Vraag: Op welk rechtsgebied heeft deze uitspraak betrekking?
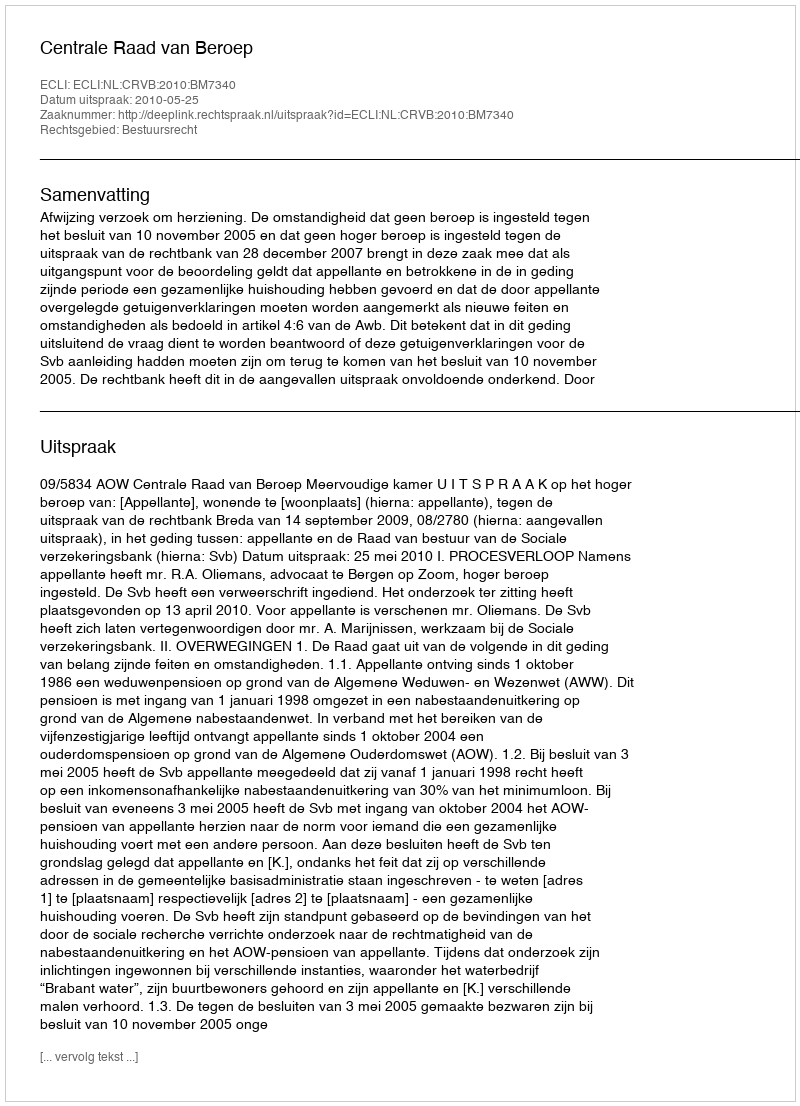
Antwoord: Bestuursrecht